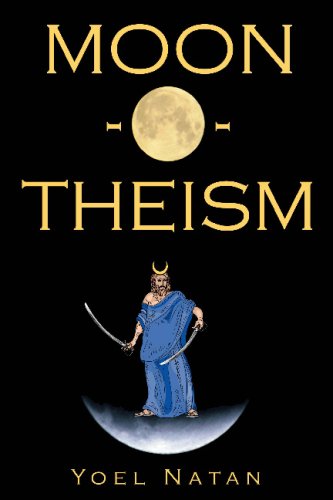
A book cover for Moon-O-Theism: Religion Of A War And Moon God Prophet, 2 Volumes; Yoel Natan; Religion & Spirituality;